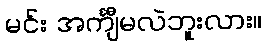
မင်း အင်္ကျီမလဲဘူးလား။